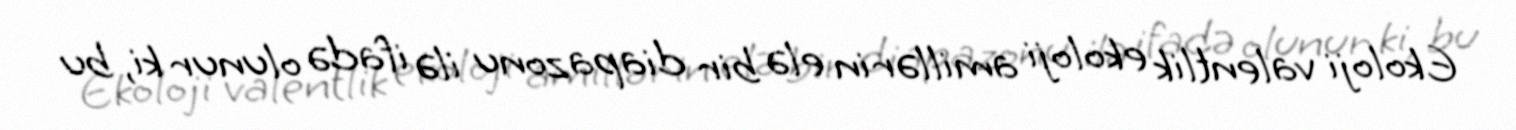
Ekoloji valentlik ekoloji amillərin elə bir diapazonu ilə ifadə olunur ki, bu